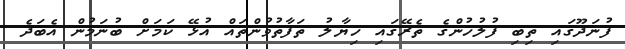
ފުނަދޫގައި ތިބި ފުލުހުންގެ ތެރޭގައި ހިޔާލު ތަފާތުވުންތައް އުޅޭ ކަމަށް ބުނަމުން އެބަދެ